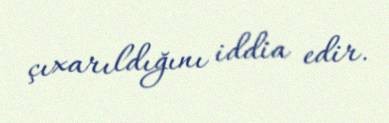
çıxarıldığını iddia edir.